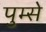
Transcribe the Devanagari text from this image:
पुम्से